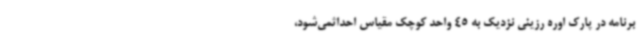
برنامه در پارک اوره رزینی نزدیک به 45 واحد کوچک مقیاس احداثمی‌شود،